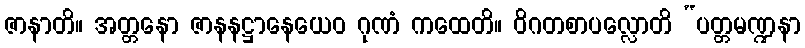
ဇာနာတိ။ အတ္တနော ဇာနနဋ္ဌာနေယေဝ ဂုဏံ ကထေတိ။ ဝိဂတစာပလ္လောတိ “ပတ္တမဏ္ဍနာ